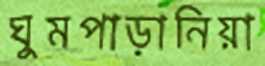
ঘুমপাড়ানিয়া